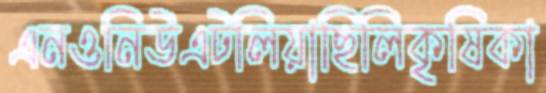
এনওনিউএটলিয়াছিলিকৃষিকা